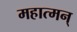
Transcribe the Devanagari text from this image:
महात्मन्‌